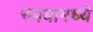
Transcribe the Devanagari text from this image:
रुपयामध्ये